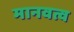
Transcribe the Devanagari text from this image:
मानवत्व